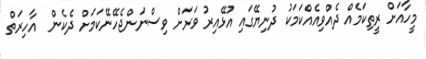
މީހާއަށް ރީތިކަމެއް ދެއްވިއެއްކަމަކު ދުނިޔޭގައި އުޅޭއިރު ވަރަށް ވިސްނަންޖެހޭނޭކަމަށް ދެކެން  އާހިރަތް